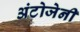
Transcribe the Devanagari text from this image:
अंटोजेनी